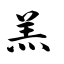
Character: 羔